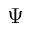
\Psi